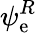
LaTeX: \psi_{\mathrm{e}}^{R}